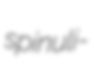
spinuli-